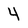
Character: 4